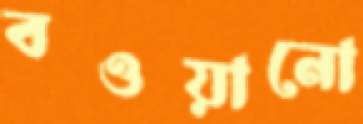
বওয়ানো